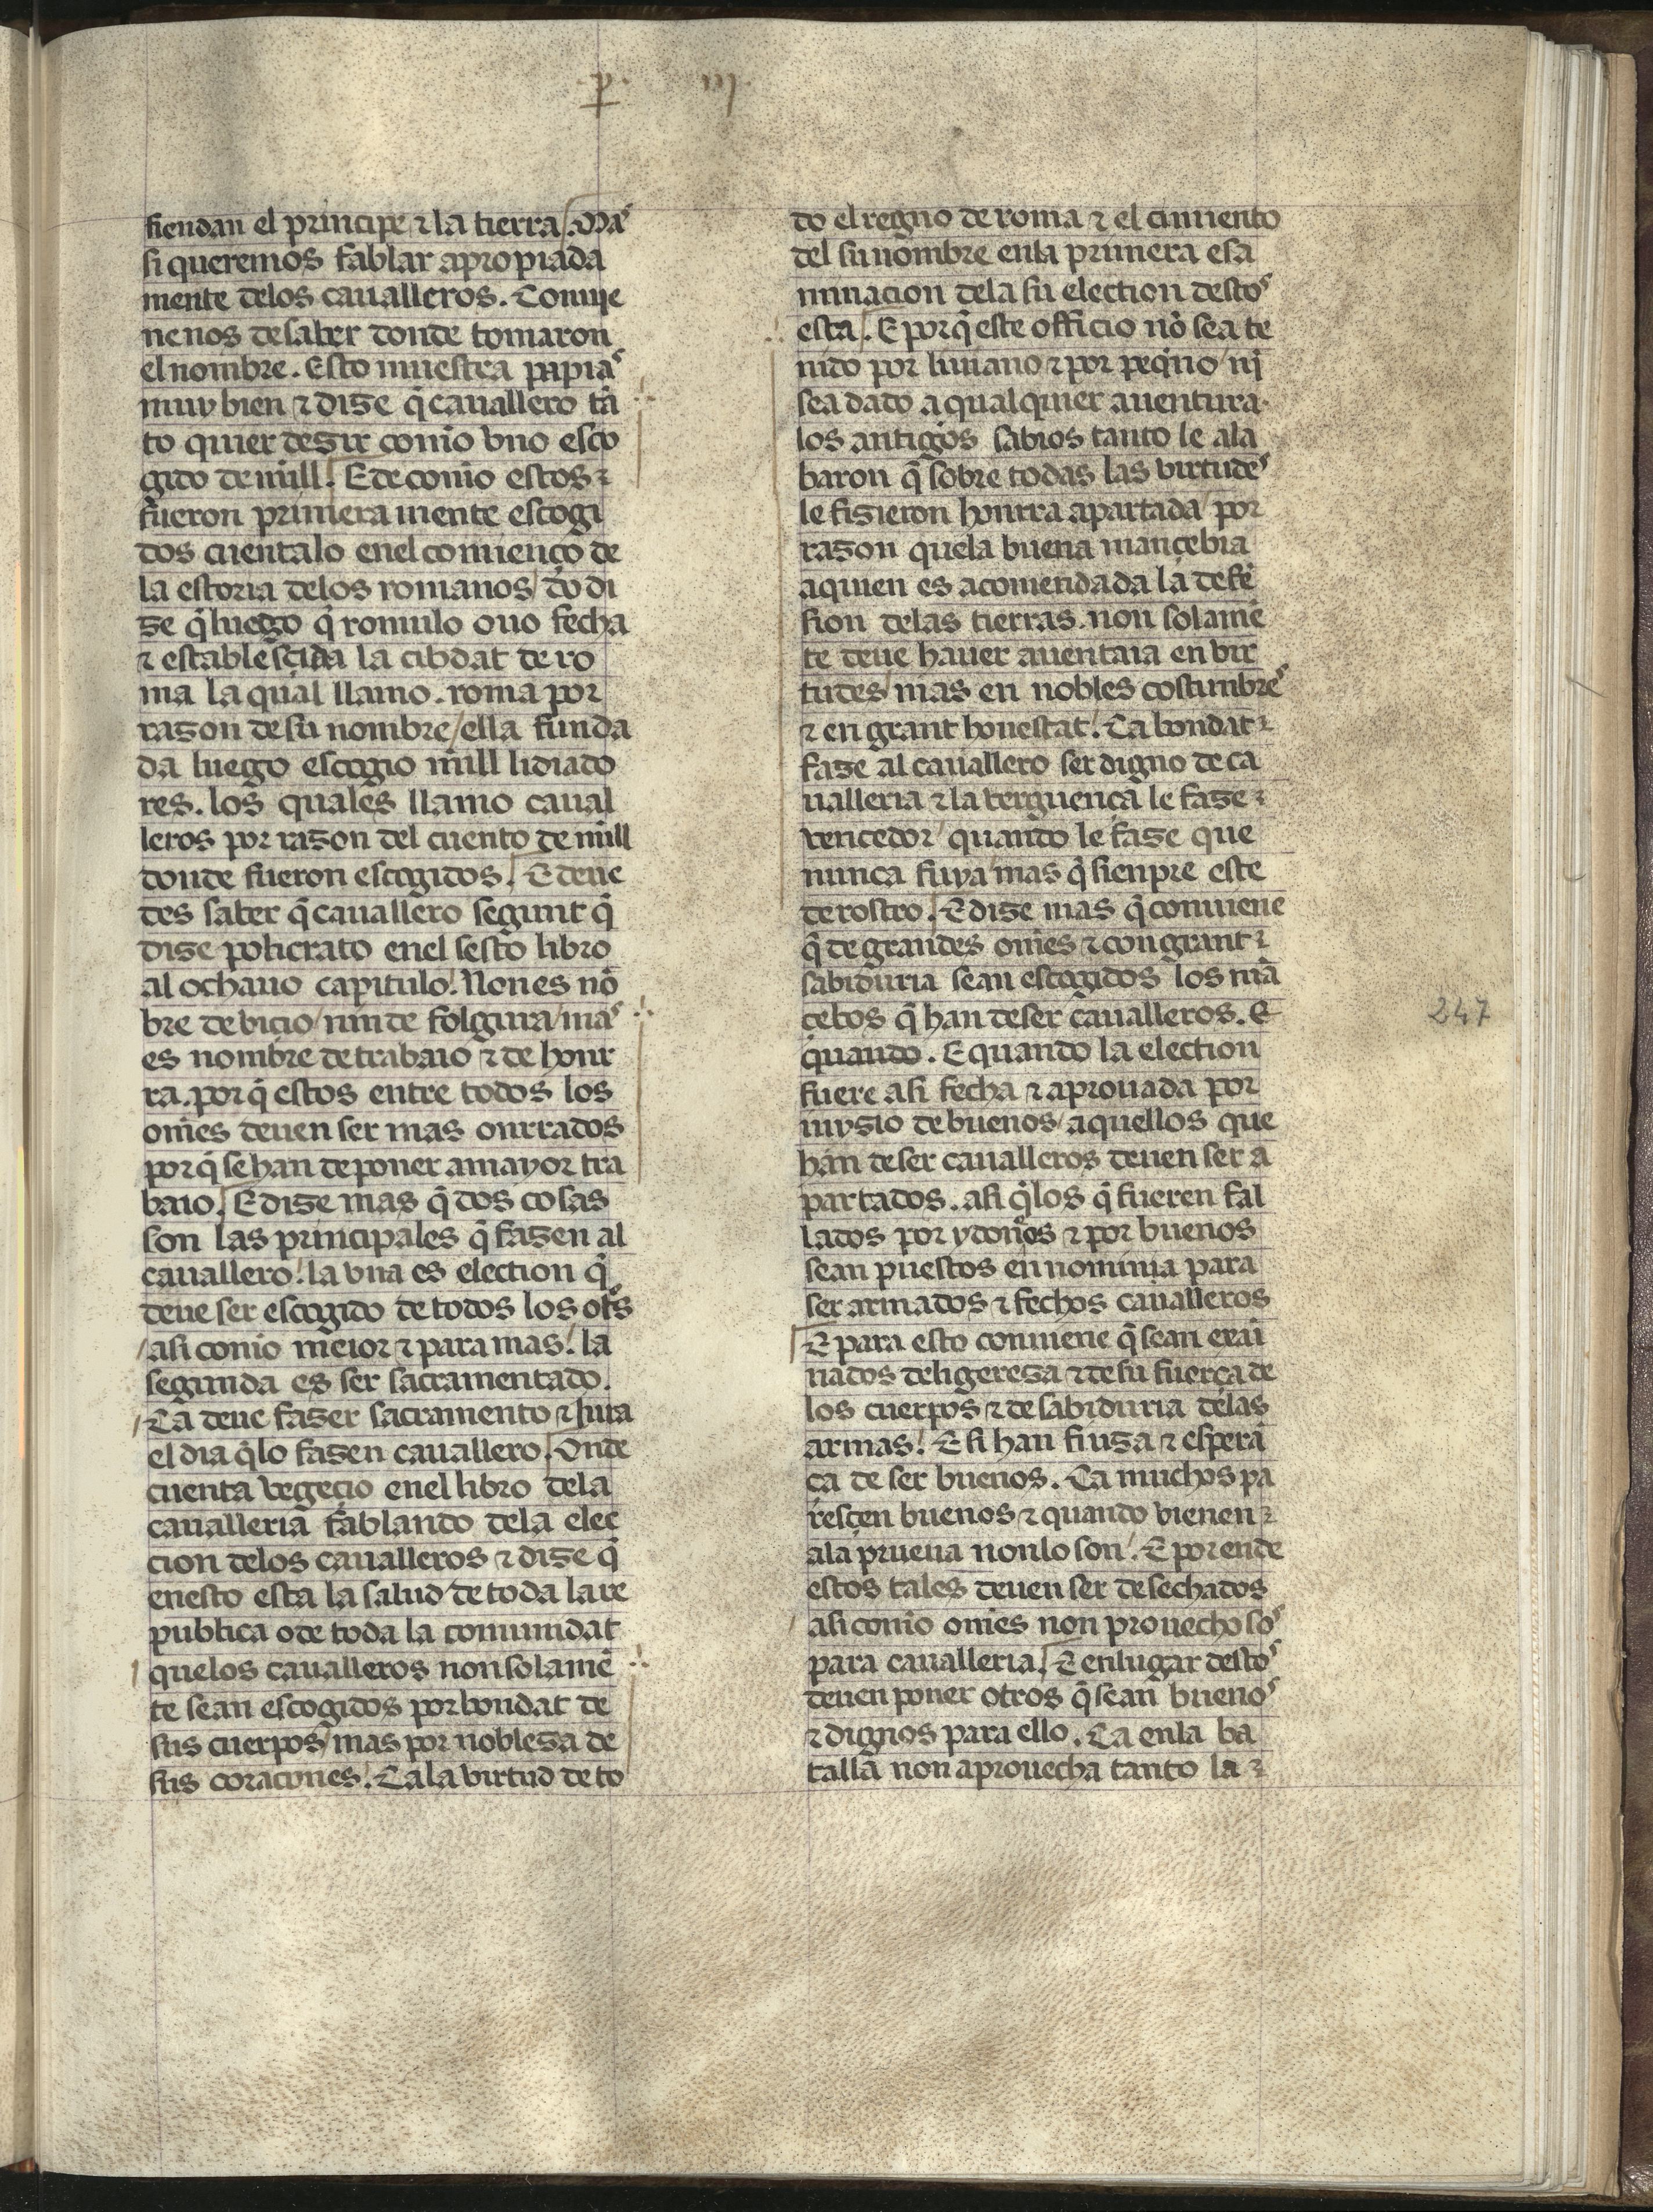
Shelfmark: Madrid, Fundación Lázaro Galdiano, mss 289
Century: 15